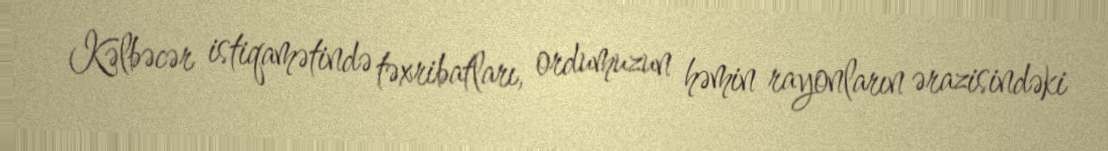
Kəlbəcər istiqamətində təxribatları, ordumuzun həmin rayonların ərazisindəki